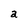
Character: a